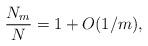
LaTeX: \begin{align*} \frac{N_m}{N}=1+O(1/m),\end{align*}